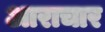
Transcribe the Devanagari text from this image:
आराचार